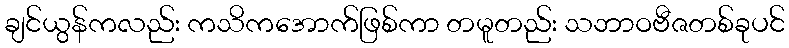
ချင်ယွန်ကလည်း ကသိကအောက်ဖြစ်ကာ တမူတည်း သဘာဝဗီဇတစ်ခုပင်